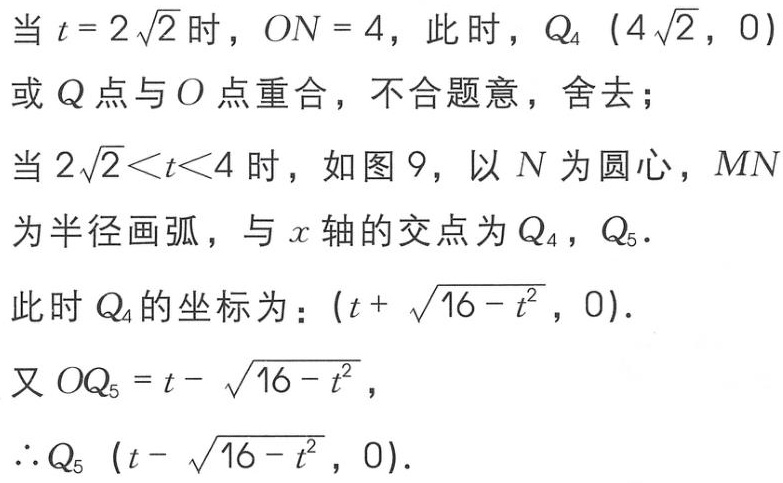
当 \(t = 2\sqrt{2}\) 时，\(ON = 4\)，此时，\(Q_{4}\ (4\sqrt{2},0)\)

或 \(Q\) 点与 \(O\) 点重合，不合题意，舍去；

当 \(2\sqrt{2}<t<4\) 时，如图 9，以 \(N\) 为圆心，\(MN\)

为半径画弧，与 \(x\) 轴的交点为 \(Q_{4}\)，\(Q_{5}\)．

此时 \(Q_{4}\) 的坐标为：\((t + \sqrt{16 - t^{2}},0)\)．

又 \(OQ_{5}=t - \sqrt{16 - t^{2}}\)，

\(\therefore Q_{5}\ (t - \sqrt{16 - t^{2}},0)\)．